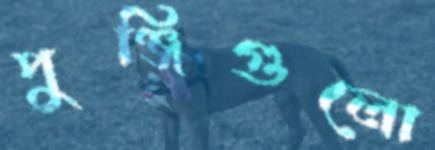
পুঞ্জিগুলো